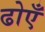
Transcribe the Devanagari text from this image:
ढोएँ